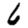
Digit: 6